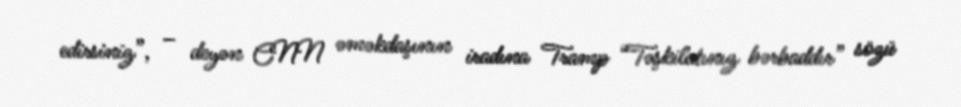
edirsiniz”, – deyən CNN əməkdaşının iradına Tramp “Təşkilatınız bərbaddır” sözü